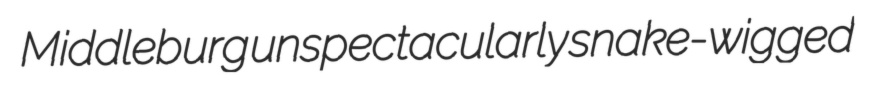
Middleburg unspectacularly snake-wigged